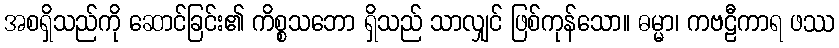
အစရှိသည်ကို ဆောင်ခြင်း၏ ကိစ္စသဘော ရှိသည် သာလျှင် ဖြစ်ကုန်သော။ ဓမ္မာ၊ ကဗဠီကာရ ဖဿ